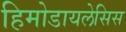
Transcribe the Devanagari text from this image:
हिमोडायलेसिस